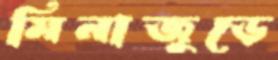
মিনাজুড়ে